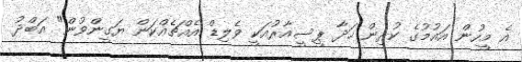
އެ މީހުން އައުމުގެ ކުރިން ހަދާ ޕީސީއާރުއަކީ ވެލިޑް އެއްޗެއްކަން ޔަގީންވުން" އަބްދު